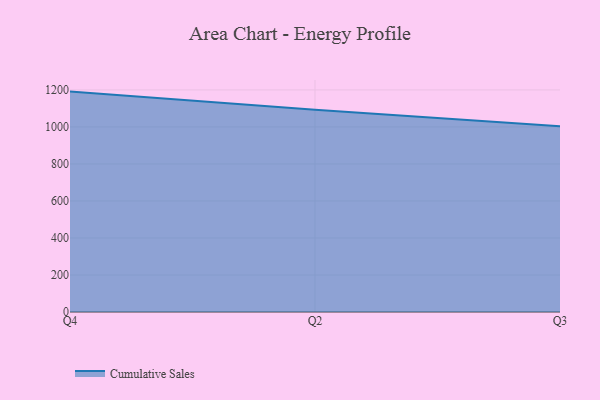
{"axis": {"x": "Quarter", "y": "Net Income (USD K)"}, "legend": ["Cumulative Sales"], "data": [{"x": "Q4", "y": 1190.9, "type": "Cumulative Sales"}, {"x": "Q2", "y": 1093.2, "type": "Cumulative Sales"}, {"x": "Q3", "y": 1003.3, "type": "Cumulative Sales"}]}